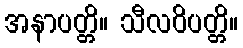
အနာပတ္တိ။ သီလဝိပတ္တိ။